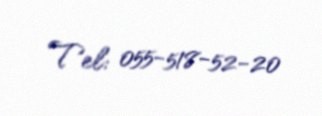
Tel: 055-518-52-20